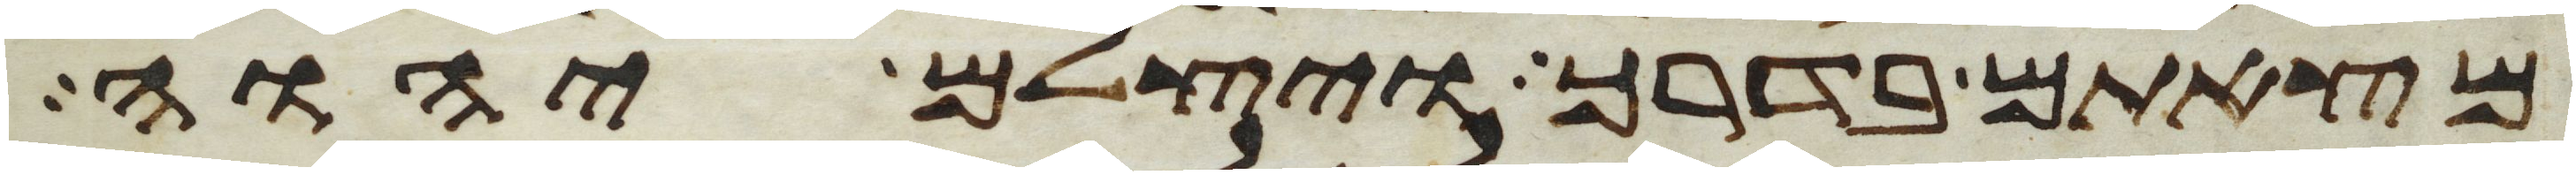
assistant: מצאתם בדרך ויצלם יהוה